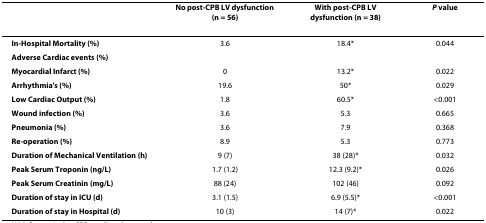
|  | No post-CPB LV dysfunction (n = 56) | With post-CPB LV dysfunction (n = 38) | P value |
 | --- | --- | --- | --- |
 | In-Hospital Mortality (%) | 3.6 | 18.4* | 0.044 |
 | Adverse Cardiac events (%) |  |  |  |
 | Myocardial Infarct (%) | 0 | 13.2* | 0.022 |
 | Arrhythmia's (%) | 19.6 | 50* | 0.029 |
 | Low Cardiac Output (%) | 1.8 | 60.5* | <0.001 |
 | Wound infection (%) | 3.6 | 5.3 | 0.665 |
 | Pneumonia (%) | 3.6 | 7.9 | 0.368 |
 | Re-operation (%) | 8.9 | 5.3 | 0.773 |
 | Duration of Mechanical Ventilation (h) | 9 (7) | 38 (28)* | 0.032 |
 | Peak Serum Troponin (ng/L) | 1.7 (1.2) | 12.3 (9.2)* | 0.026 |
 | Peak Serum Creatinin (mg/L) | 88 (24) | 102 (46) | 0.092 |
 | Duration of stay in ICU (d) | 3.1 (1.5) | 6.9 (5.5)* | <0.001 |
 | Duration of stay in Hospital (d) | 10 (3) | 14 (7)* | 0.022 |